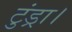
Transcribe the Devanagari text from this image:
टुंड्रा।